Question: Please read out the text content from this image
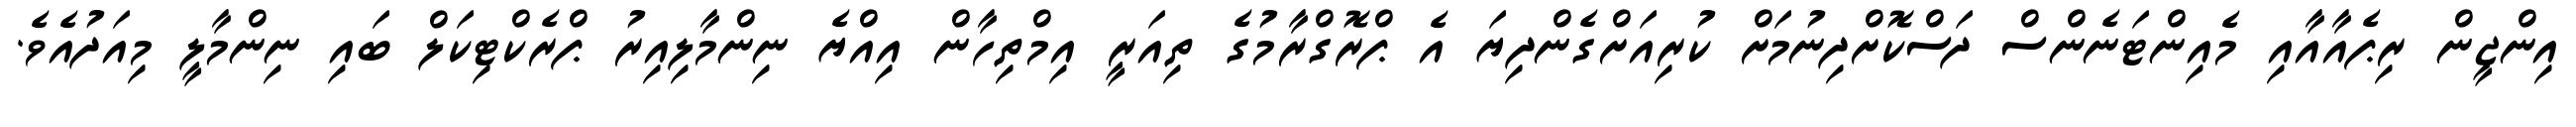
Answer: އިންޖީން ރިޕެއާއާއި މެއިންޓަނެންސް ދަސްކޮށްދިނުމަށް ކުރިއަށްގެންދިޔަ އެ ޕްރޮގްރާމުގެ ތިއަރީ އިމްތިހާން އިއްޔެ ނިންމާލިއިރު ޕްރެކްޓިކަލް ބައި ނިންމާލީ މިއަދުއެވެ.